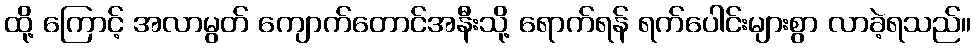
ထို့ ကြောင့် အလာမွတ် ကျောက်တောင်အနီးသို့ ရောက်ရန် ရက်ပေါင်းများစွာ လာခဲ့ရသည်။